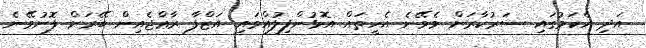
އަދި އެކަމުގައި ސަރުކާރަށް ވެވޭނެ އެހީތައް އޮޅުންފިލުއްވައި އަޒްފާ ރާޢްޖެއިން ބޭރަށް ފޮނުވޭނެ